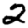
Digit: 2